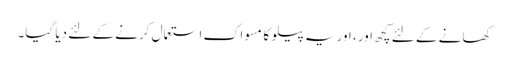
کھانے کے لئے کچھ اور، اور یہ پیلو کا مسواک استعمال کرنے کے لئے دیا گیا۔